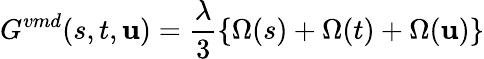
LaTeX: G^{vmd}(s,t,\mathbf{u})=\frac{{\lambda}}{{3}}\{ \Omega(s)+\Omega(t)+\Omega(\mathbf{u})\}